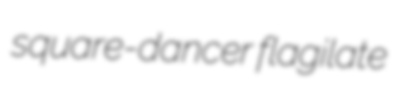
square-dancer flagilate